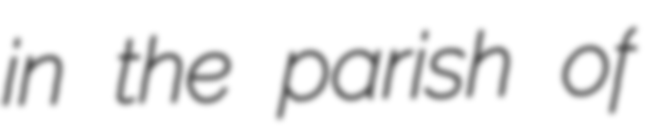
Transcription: in the parish of